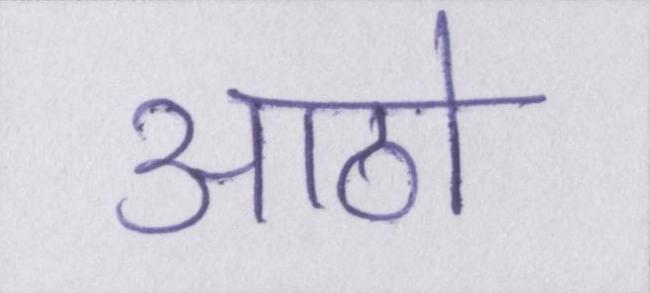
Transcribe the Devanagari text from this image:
आठो